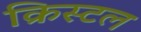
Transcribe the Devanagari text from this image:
क्रिस्‍टल